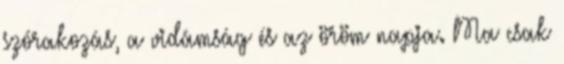
szórakozás, a vidámság és az öröm napja. Ma csak